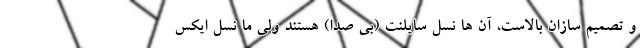
و تصمیم سازان بالاست، آن ها نسل سایلنت (بی صدا) هستند ولی ما نسل ایکس